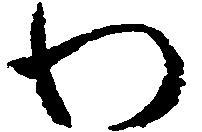
わ